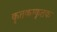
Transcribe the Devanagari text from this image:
कृतकाकृतक